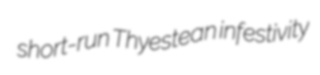
short-run Thyestean infestivity